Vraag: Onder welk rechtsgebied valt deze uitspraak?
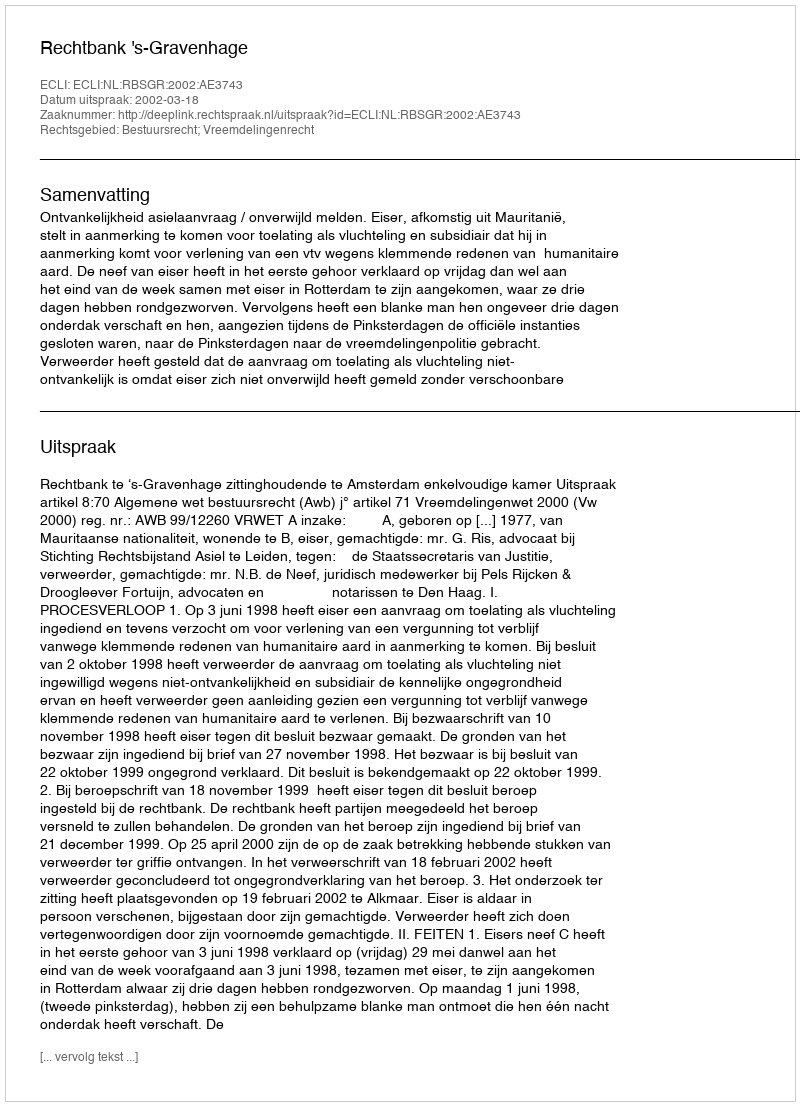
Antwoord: Bestuursrecht; Vreemdelingenrecht